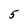
Character: 5